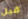
قبل